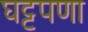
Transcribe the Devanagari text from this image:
घट्टपणा